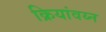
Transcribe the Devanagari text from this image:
क्रियांवय्न